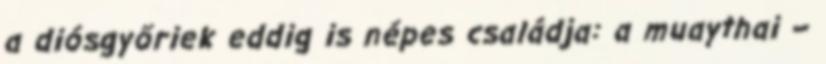
a diósgyőriek eddig is népes családja: a muaythai –